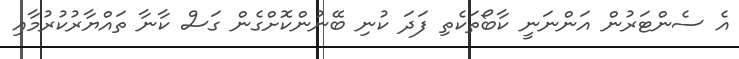
އެ ސެންޓަރުން އަންނަނީ ކާބޯތަކެތި ފަދަ ކުނި ބޭނުންކޮށްގެން ގަސް ކާނާ ތައްޔާރުކުރުމާއި